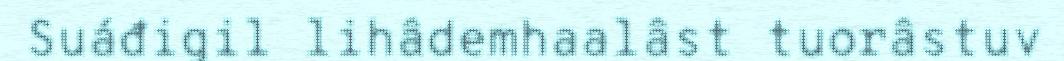
Suáđigil lihâdemhaalâst tuorâstuv